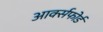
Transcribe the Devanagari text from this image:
आर्क्सफोर्ड